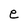
Character: e